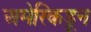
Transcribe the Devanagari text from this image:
अमेरिकडून